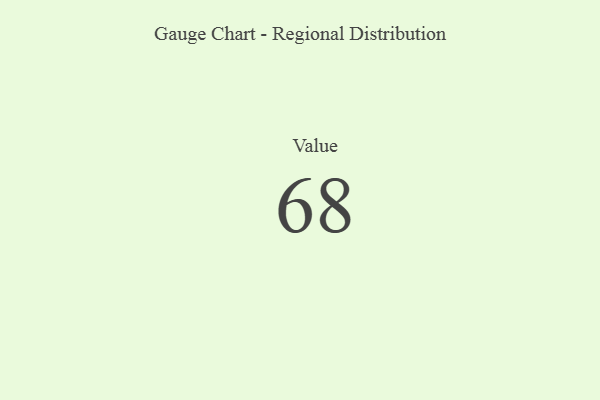
{"axis": {"x": "Metric", "y": "Value"}, "legend": [""], "data": [{"x": "Value", "y": 68, "type": ""}]}